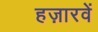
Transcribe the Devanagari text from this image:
हज़ारवें